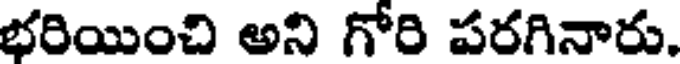
భరియించి అని గోరి పరగినారు.